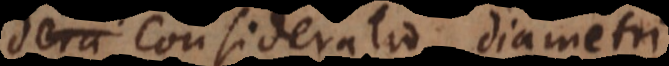
a consideratio diametri